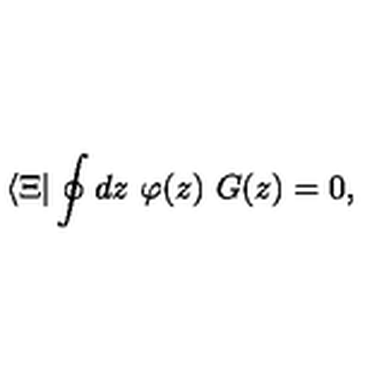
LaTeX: \langle \Xi | \oint d z \ \varphi ( z ) \ G ( z ) = 0 ,